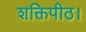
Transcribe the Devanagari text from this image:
शक्तिपीठ।